Civil Veterinary Department Bihar reports 1940-50 - 1940-1950
Year: 1940
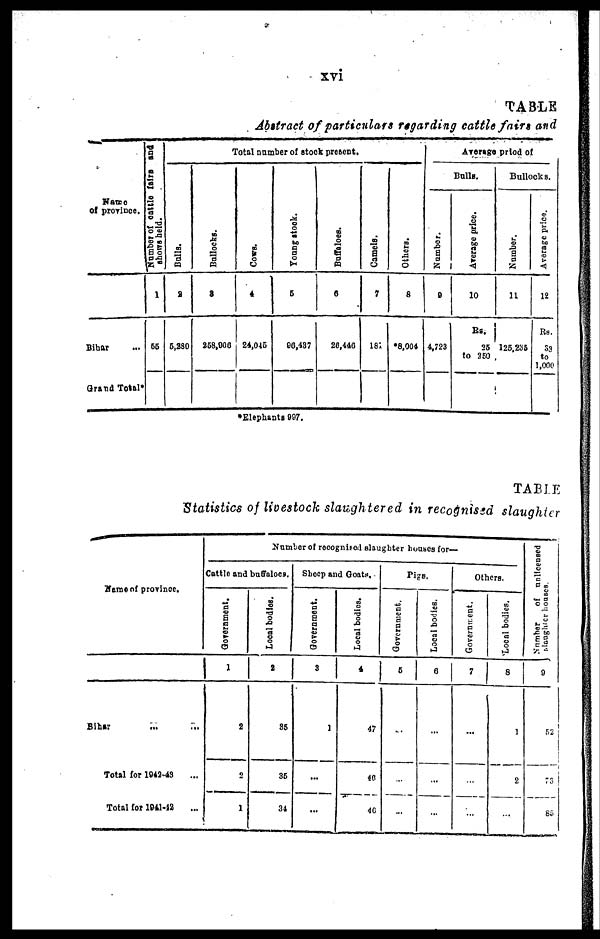
xvi
TABLE
Abstract of particulars regarding cattle fairs and
Name
of province.
Bihar ...
Grand Total*
Number of cattle faire and
shows held.
1
55
Total number of stock present.
Bulls.
2
5,280
Bullocks.
3
258,906
Cows .
4
24,015
Young stock.
5
96,437
Buffaloes.
6
26,446
Camels.
7
181
Ot her s .
8
*8,004
Average priod of
Bulls.
Number.
9
4,723
Average price.
10
Rs.
25
to 250
Bullocks.
Number.
11
125,235
Average price.
12
Rs.
33
to
1,000
*Elephants 997.
TABLE
Statistics of livestock slaughtered in recognised slaughter
Name of province.
Bihar
...
...
Total for 1942-43
Total for 1941-42
Number of recognised slaughter houses for—
Cattle and buffaloes.
Government.
1
2
2
1
Local bodies.
2
85
35
34
Sheep and Goats.
Government.
3
1
...
...
Local bodies.
4
47
46
46
Pigs.
Government.
5
..
...
...
Local bodies.
6
...
...
...
Others.
Government.
7
...
...
...
Local bodies.
8
1
2
...
Number of unlfcensed
slaughter houses.
9
52
73
85